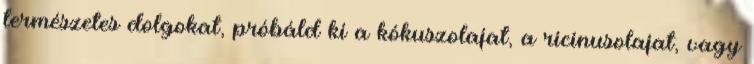
természetes dolgokat, próbáld ki a kókuszolajat, a ricinusolajat, vagy